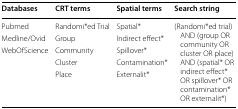
<table><thead><tr><td><b>Databases</b></td><td><b>CRT terms</b></td><td><b>Spatial terms</b></td><td><b>Search string</b></td></tr></thead><tbody><tr><td>Pubmed</td><td>Randomi*ed Trial</td><td>Spatial*</td><td rowspan="5">(Randomi*ed trial) AND (group OR community OR cluster OR place) AND (spatial* OR indirect effect* OR spillover* OR contamination* OR externalit*)</td></tr><tr><td>Medline/Ovid</td><td>Group</td><td>Indirect effect*</td></tr><tr><td>WebOfScience</td><td>Community</td><td>Spillover*</td></tr><tr><td></td><td>Cluster</td><td>Contamination*</td></tr><tr><td></td><td>Place</td><td>Externalit*</td></tr></tbody></table>